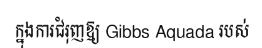
ក្នុងការជំរុញឱ្យ Gibbs Aquada របស់